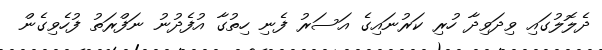
ދެލޮލުގައި ވިދަވިދާ ހުރި ކަރުނައިގެ އަސަރު ފެނި ހިތުގާ އުފެދުނު ނަފްރަތު ފުހެވިގެން